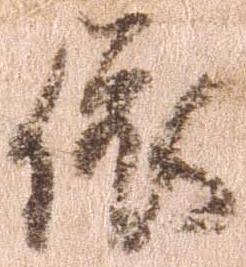
依